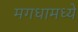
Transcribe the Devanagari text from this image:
मगधामध्ये